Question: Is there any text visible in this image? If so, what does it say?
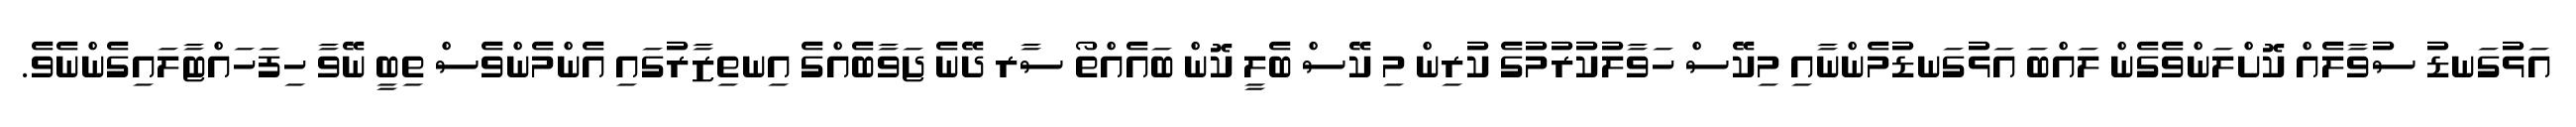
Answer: އަޅުގަނޑު ސުވާލެއް ކޮށްލަންވެގެން ލައްބަ އަޅުގަނޑުމެންނާއި މިކޭސް ހަވާލުކުރުމުގެ ކުރިން މި ކޭސް ބެލީ ކޮން ބައެއްތޯ ސާރ ދޭނެ ޖަވާބެއްގެ އިނތިޒާރުގައި އެންމެންވެސް ތިބީ ނޭވާ ހިފަހައްޓާލައިގެންނެވެ.